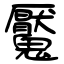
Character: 魘